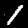
Label: 1